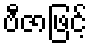
ဗီဇာဖြင့်